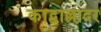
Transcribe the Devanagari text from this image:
काद्वाल्लादर